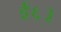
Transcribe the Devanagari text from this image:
ई६३